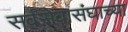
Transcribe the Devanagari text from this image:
सर्वसेवासंघाच्या